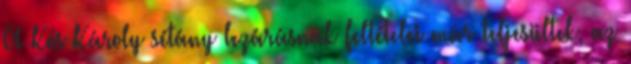
A Kós Károly sétány lezárásnak feltételei már teljesültek, az